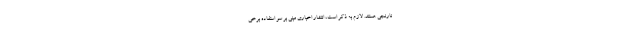
نارنجی هستند. لازم به ذکر است، انتشار اخباری مبنی بر سو استفاده برخی